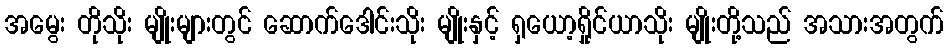
အမွေး တိုသိုး မျိုးများတွင် ဆောက်ဒေါင်းသိုး မျိုးနှင့် ရှယော့ရှိုင်ယာသိုး မျိုးတို့သည် အသားအတွက်